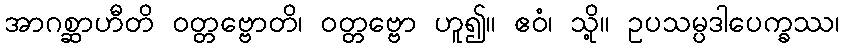
အာဂစ္ဆာဟီတိ ဝတ္တဗ္ဗောတိ၊ ဝတ္တဗ္ဗော ဟူ၍။ ဧဝံ၊ သို့။ ဥပသမ္ပဒါပေက္ခဿ၊